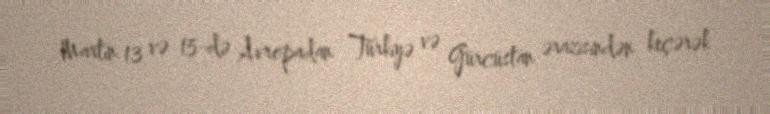
Martın 13 və 15-də Avropadan Türkiyə və Gürcüstan ərazisindən keçərək